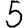
Digit: 5